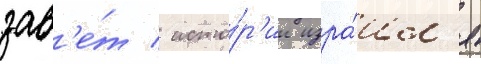
зав'е́т / исто́р'ии изра́ил'я